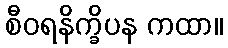
စီဝရနိက္ခိပန ကထာ။